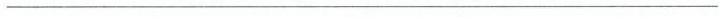
_______________